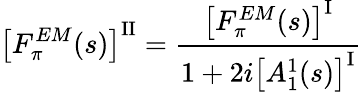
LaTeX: \left[F_{\pi}^{EM}(s)\right]^{\mathrm{II}}=\frac{\left[F_{\pi}^{EM}(s)\right]^{\mathrm{I}}}{1+2i\left[A_{1}^{1}(s)\right]^{\mathrm{I}}}